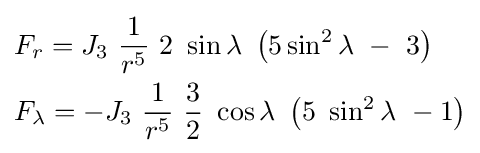
{\begin{aligned}&F_{r}=J_{3}\ {\frac {1}{r^{5}}}\ 2\ \sin \lambda \ \left(5\sin ^{2}\lambda \ -\ 3\right)\\&F_{\lambda }=-J_{3}\ {\frac {1}{r^{5}}}\ {\frac {3}{2}}\ \cos \lambda \ \left(5\ \sin ^{2}\lambda \ -1\right)\end{aligned}}